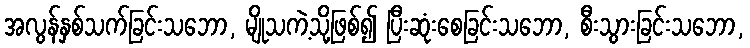
အလွန်နှစ်သက်ခြင်းသဘော, မျိုသကဲ့သို့ဖြစ်၍ ပြီးဆုံးစေခြင်းသဘော, စီးသွားခြင်းသဘော,